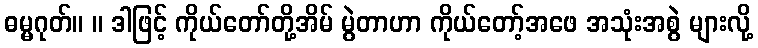
ဓမ္မဂုတ်။ ။ ဒါဖြင့် ကိုယ်တော်တို့အိမ် မွဲတာဟာ ကိုယ်တော့်အဖေ အသုံးအစွဲ များလို့